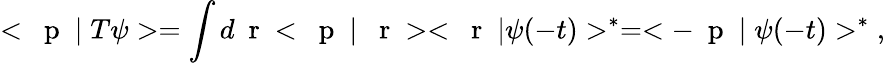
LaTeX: <\mathrm{~\mathbf~p~}\; |\; T\psi>=\int d\mathrm{~\mathbf~r~}<\mathrm{~\mathbf~p~}\; |\; \mathrm{~\mathbf~r~}><\mathrm{~\mathbf~r~}\; |\psi(-t)>^{*}=<-\mathrm{~\mathbf~p~}\; |\; \psi(-t)>^{*}\; ,